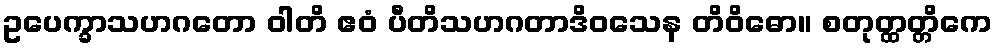
ဥပေက္ခာသဟဂတော ဝါတိ ဧဝံ ပီတိသဟဂတာဒိဝသေန တိဝိဓော။ စတုတ္ထတ္တိကေ